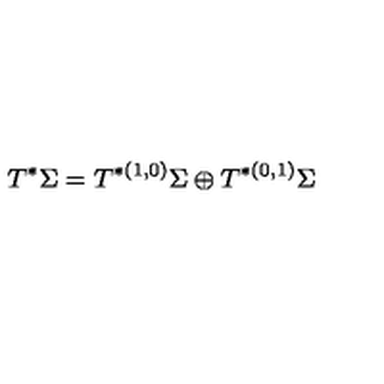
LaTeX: T ^ { * } \Sigma = T ^ { * ( 1 , 0 ) } \Sigma \oplus T ^ { * ( 0 , 1 ) } \Sigma